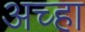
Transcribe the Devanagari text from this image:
अच्हा